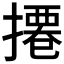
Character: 𢳍